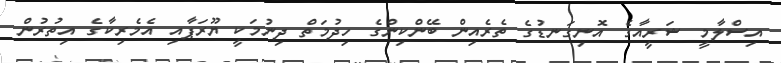
އިސްލާމީ ޝަރީއާގެ އޮނިގަނޑުގެ ތެރެއިން ބޭންކިންގެ ހިދުމަތް ދިނުމަކީ ޔޫރަޕާއި އެމެރިކާގެ އިތުރުން